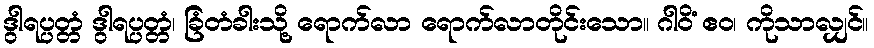
ဒွါရပ္ပတ္တံ ဒွါရပ္ပတ္တံ၊ ခြံတံခါးသို့ ရောက်လာ ရောက်လာတိုင်းသော။ ဂါဝိံ ဧဝ၊ ကိုသာလျှင်။